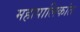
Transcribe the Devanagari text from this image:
महापालिकांत